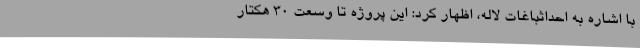
با اشاره به احداثباغات لاله، اظهار کرد: این پروژه تا وسعت 30 هکتار